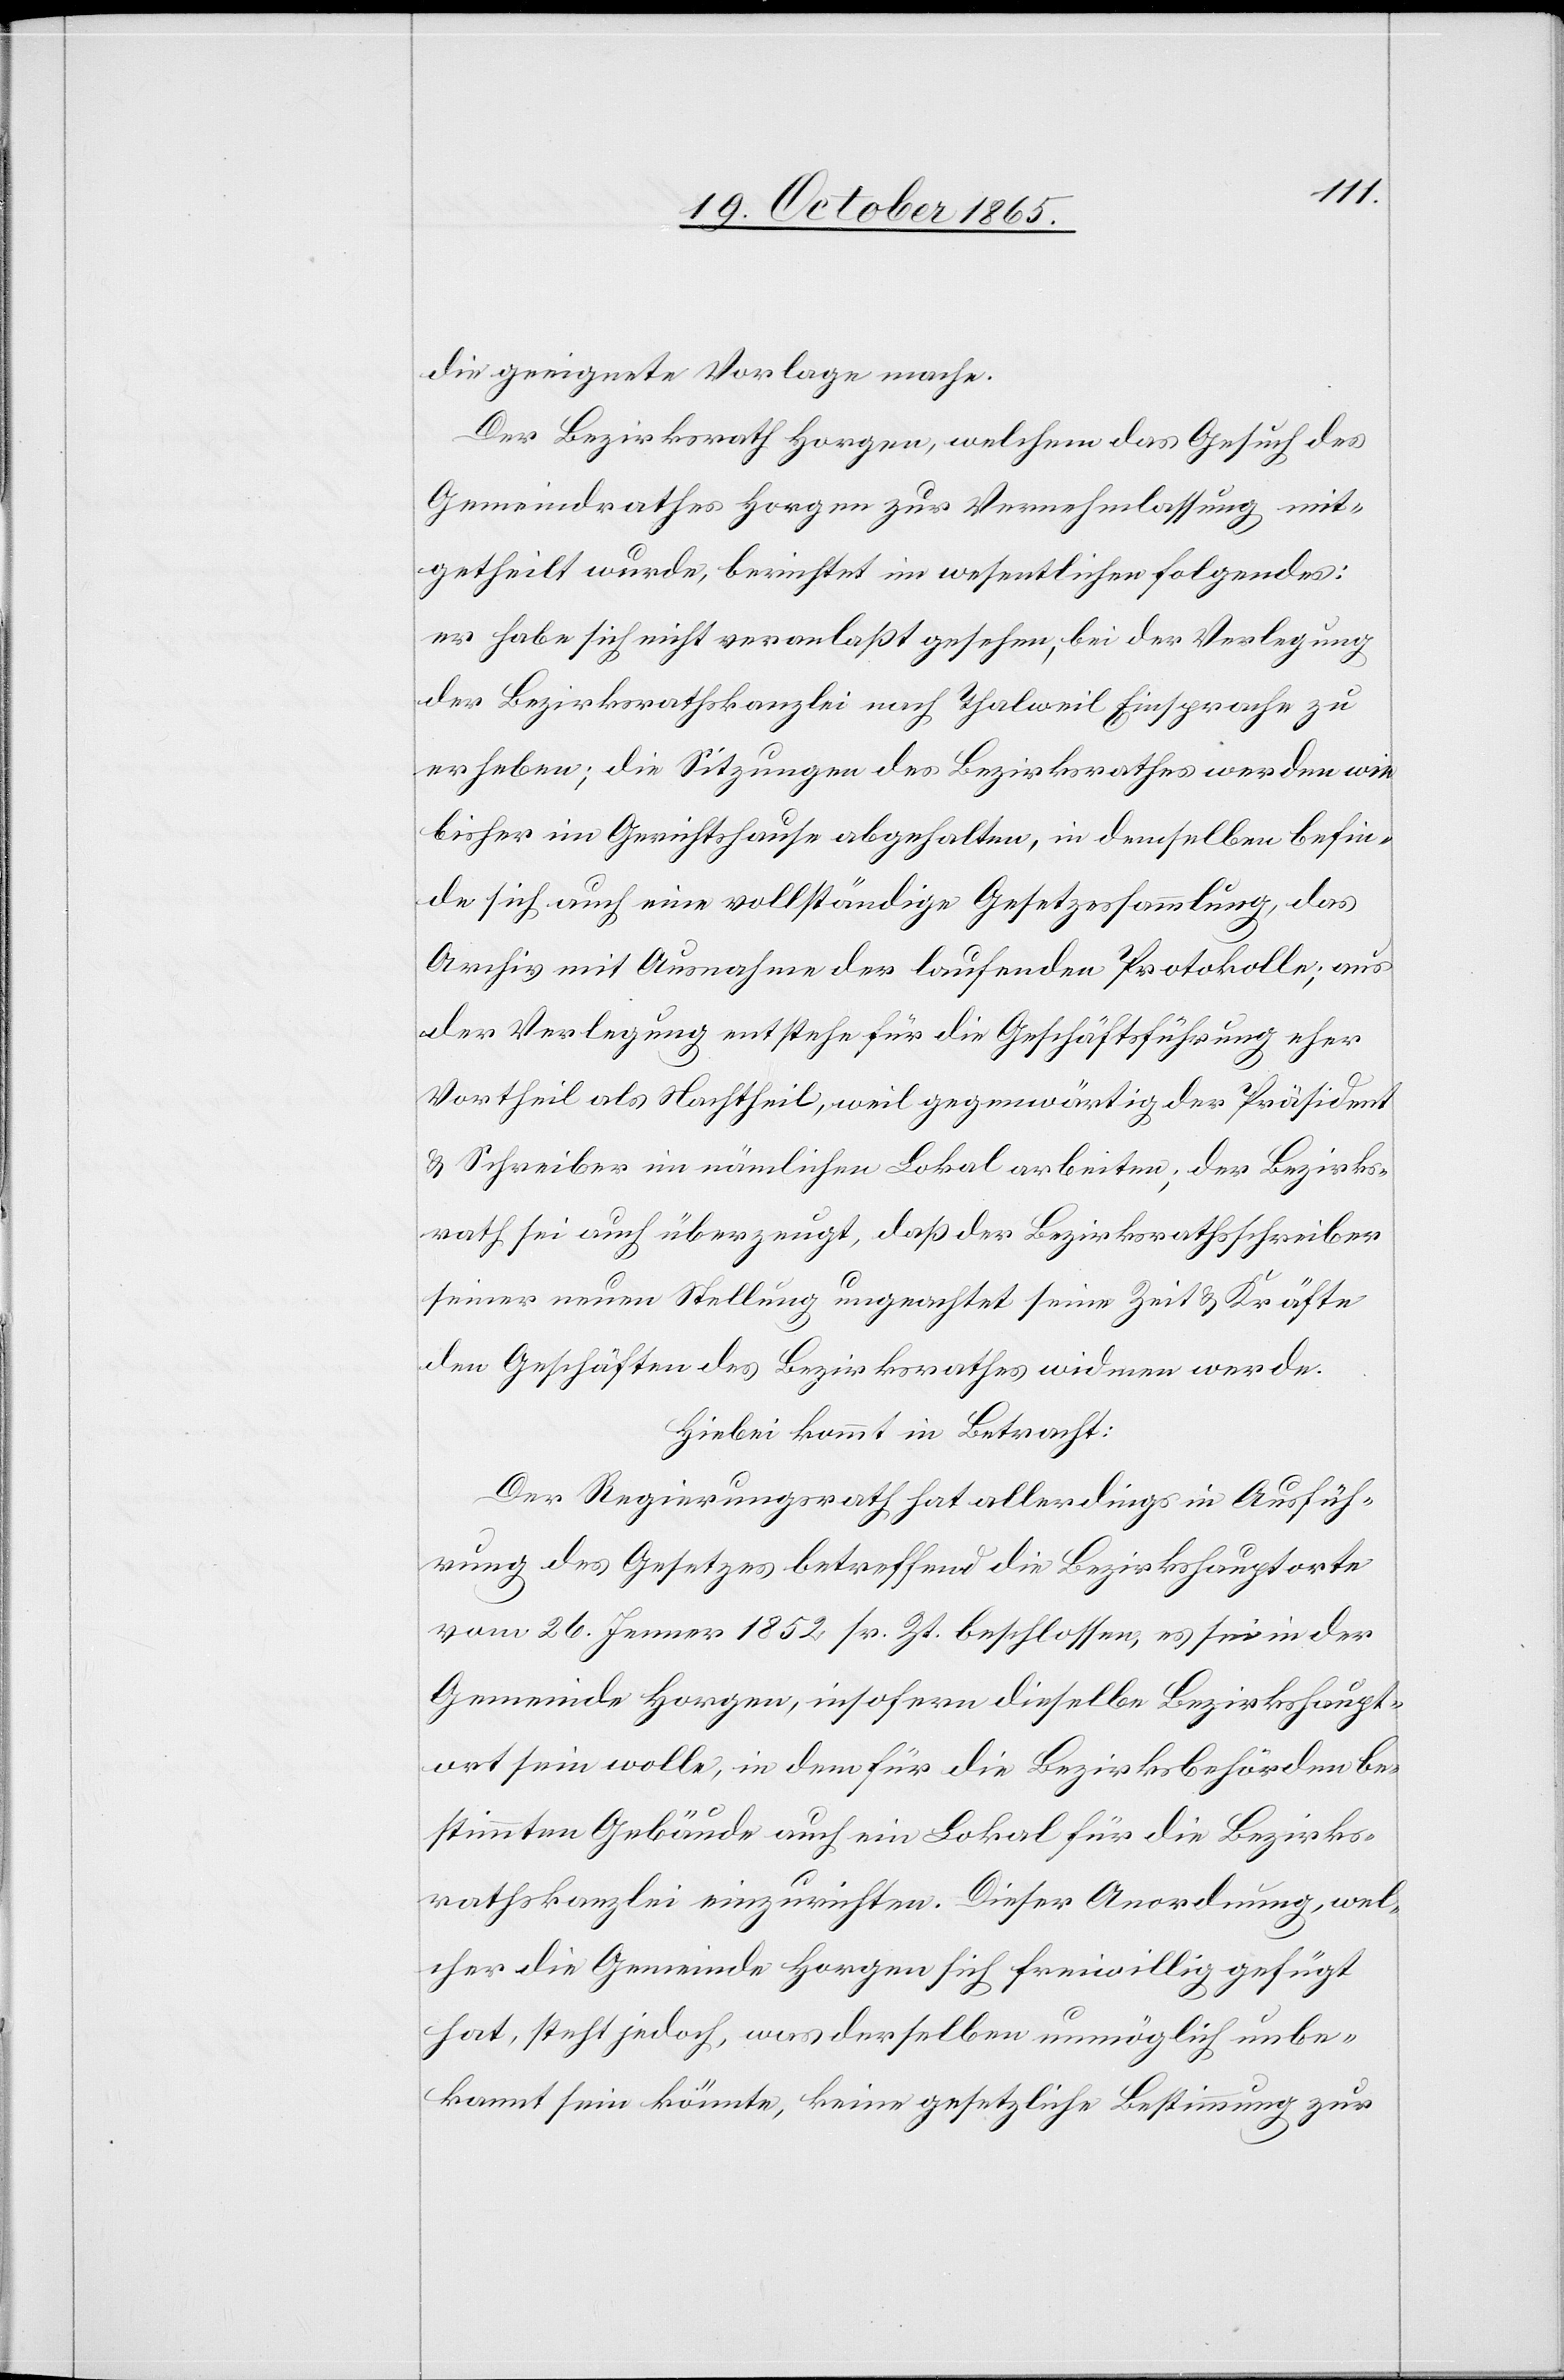
die geeignete Vorlage mache.
Der Bezirksrath Horgen, welchem das Gesuch des
Gemeinderathes Horgen zur Vernehmlassung mit¬
getheilt wurde, berichtet im wesentlichen Folgendes:
er habe sich nicht veranlaßt gesehen, bei der Verlegung
der Bezirksrathskanzlei nach Thalweil Einsprache zu
erheben; die Sitzungen des Bezirksrathes werden wie
bisher im Gerichtshause abgehalten, in demselben befin¬
de sich auch eine vollständige Gesetzessammlung, das
Archiv mit Ausnahme der laufenden Protokolle; aus
der Verlegung entstehe für die Geschäftsführung eher
Vortheil als Nachtheil, weil gegenwärtig der Präsident
& Schreiber im nämlichen Lokal arbeiten; der Bezirks¬
rath sei auch überzeugt, das der Bezirksrathsschreiber
seiner neuen Stellung ungeachtet seine Zeit & Kräfte
den Geschäften des Bezirksrathes widmen werde.
Hiebei kommt in Betracht:
Der Regierungsrath hat allerdings in Ausfüh¬
rung des Gesetzes betreffend die Bezirkshauptorte
vom 26. Jenner 1852 sr. Zt. beschlossen, es sei in der
Gemeinde Horgen, insofern dieselbe Bezirkshaupt¬
ort sein wolle, in dem für die Bezirksbehörden be¬
stimmten Gebäude auch ein Lokal für die Bezirks¬
rathskanzlei einzurichten. Dieser Anordnung, wel¬
cher die Gemeinde Horgen sich freiwillig gefügt
hat, steht jedoch, was derselben unmöglich unbe¬
kannt sein könnte, keine gesetzliche Bestimmung zur